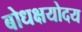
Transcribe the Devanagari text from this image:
बोधक्षयोदय